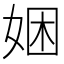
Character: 𫰯